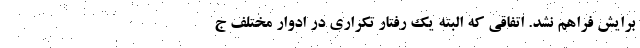
برایش فراهم نشد. اتفاقی که البته یک رفتار تکراری در ادوار مختلف ج